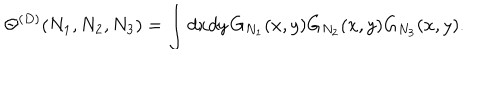
\Theta ^ { ( D ) } ( N _ { 1 } , N _ { 2 } , N _ { 3 } ) = \int d x d y \, G _ { N _ { 1 } } ( x , y ) G _ { N _ { 2 } } ( x , y ) G _ { N _ { 3 } } ( x , y ) .